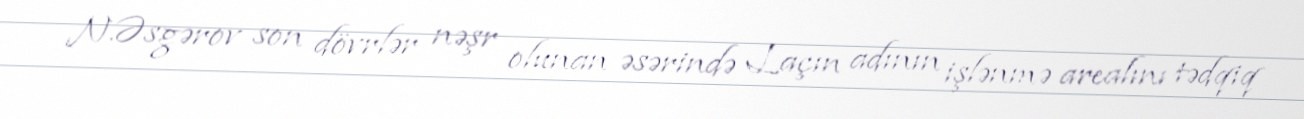
N.Əsgərov son dövrlər nəşr olunan əsərində Laçın adının işlənmə arealını tədqiq